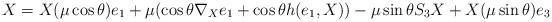
LaTeX: \begin{align*}X=X(\mu \cos \theta)e_1+\mu (\cos \theta \nabla_{X}e_1+\cos \theta h(e_1,X))-\mu \sin \theta S_{3}X+X(\mu \sin \theta){e_3}\end{align*}